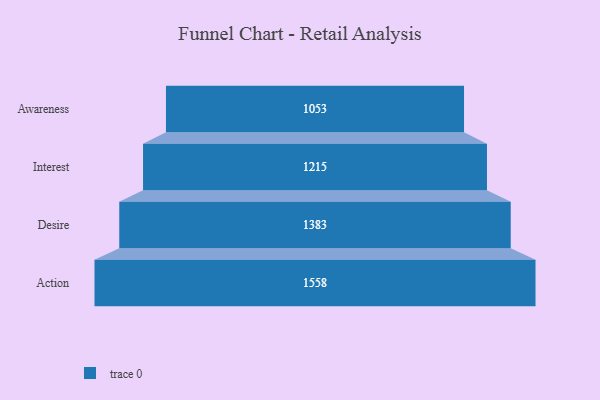
{"axis": {"x": "Stage", "y": "Value"}, "legend": [""], "data": [{"x": "Awareness", "y": 1053.0, "type": ""}, {"x": "Interest", "y": 1215.0, "type": ""}, {"x": "Desire", "y": 1383.0, "type": ""}, {"x": "Action", "y": 1558.0, "type": ""}]}